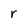
Character: r